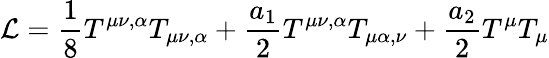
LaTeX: {\cal L}=\frac{1}{8}T^{\mu\nu,\alpha}T_{\mu\nu,\alpha}+\frac{a_{1}}{2}T^{\mu\nu,\alpha}T_{\mu\alpha,\nu}+\frac{a_{2}}{2}T^{\mu}T_{\mu}